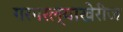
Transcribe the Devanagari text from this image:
गरगरल्याखेरीज